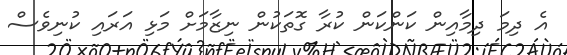
އެ ދިމަ ދިމާއިން ކަންކަން ކުރާ ގޮތަކުން ނިޒާމަށް މަޅި އަރައި ކުނިވެސް